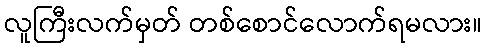
လူကြီးလက်မှတ် တစ်စောင်လောက်ရမလား။